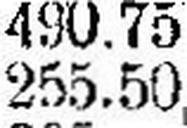
255.50